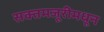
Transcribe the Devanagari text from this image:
सक्तमजूरीमधून